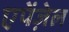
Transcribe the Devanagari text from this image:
एपेंज़ेल